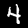
Digit: 4